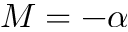
M = - \alpha